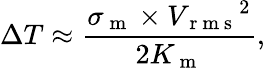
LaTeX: \Delta T\approx\frac{\sigma_{\mathrm{~m~}}\times{V_{\mathrm{~r~m~s~}}}^{2}}{2K_{\mathrm{~m~}}},